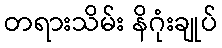
တရားသိမ်း နိဂုံးချုပ်